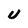
Character: U